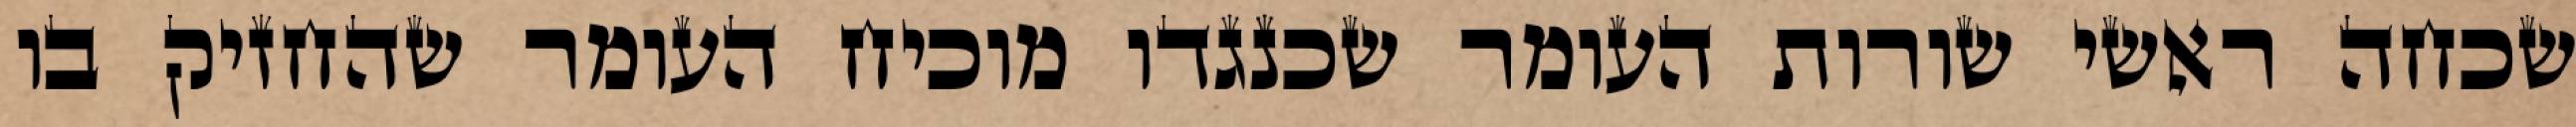
שכחה ראשי שורות העומר שכנגדו מוכיח העומר שהחזיק בו